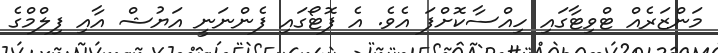
މަންޒަރެއް ޓްވިޓާގައި ހިއްސާކޮށްފަ އެވެ. އެ ފޮޓޯގައި ފެންނަަނީ އަޔުޝް އާއި ފިލްމްގެ